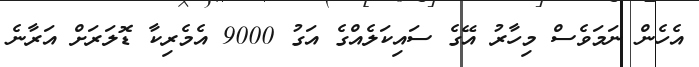
އެހެން ނަމަވެސް މިހާރު އޭގެ ސައިކަލެއްގެ އަގު 9000 އެމެރިކާ ޑޮލަރަށް އަރާނެ